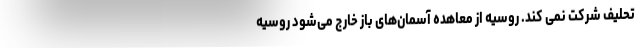
تحلیف شرکت نمی کند. روسیه از معاهده آسمان‌های باز خارج می‌شود روسیه